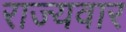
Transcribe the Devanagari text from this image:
राज्‍यवार